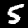
Digit: 5